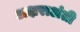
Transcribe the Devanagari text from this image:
अक्षराअंती